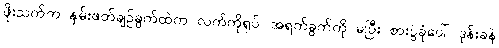
ဖိုးသက်က နှမ်းဖတ်ချဉ်ခွက်ထဲက လက်ကိုရုပ်၊ အရက်ခွက်ကို မပြီး စားပွဲခုံပေါ် ဒုန်းခနဲ